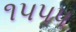
૧૫૫૫